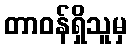
တာဝန်ရှိသူမှ